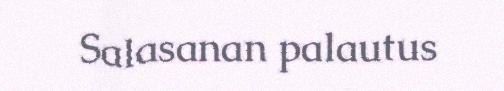
Salasanan palautus